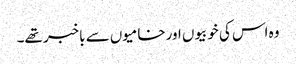
وہ اس کی خوبیوں اورخامیوں سے باخبر تھے۔